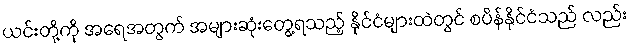
ယင်းတို့ကို အရေအတွက် အများဆုံးတွေ့ရသည့် နိုင်ငံများထဲတွင် စပိန်နိုင်ငံသည် လည်း